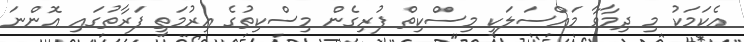
އެކަމަކު މި ދިމާވާ މައްސަލަކީ މިސްކިތް ފުރިގެން މިސްކިތުގެ އިރުމަތީ ފަރާތުގައި އޮންނަ